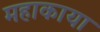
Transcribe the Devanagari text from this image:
महाकाया